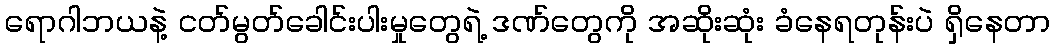
ရောဂါဘယနဲ့ ငတ်မွတ်ခေါင်းပါးမှုတွေရဲ့ ဒဏ်တွေကို အဆိုးဆုံး ခံနေရတုန်းပဲ ရှိနေတာ